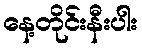
နေ့တိုင်းနီးပါး